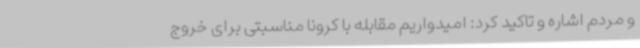
و مردم اشاره و تاکید کرد: امیدواریم مقابله با کرونا مناسبتی برای خروج